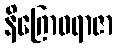
နိဂြောဓရာဇာ